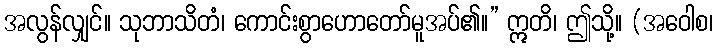
အလွန်လျှင်။ သုဘာသိတံ၊ ကောင်းစွာဟောတော်မူအပ်၏။” ဣတိ၊ ဤသို့။ (အဝေါစ၊